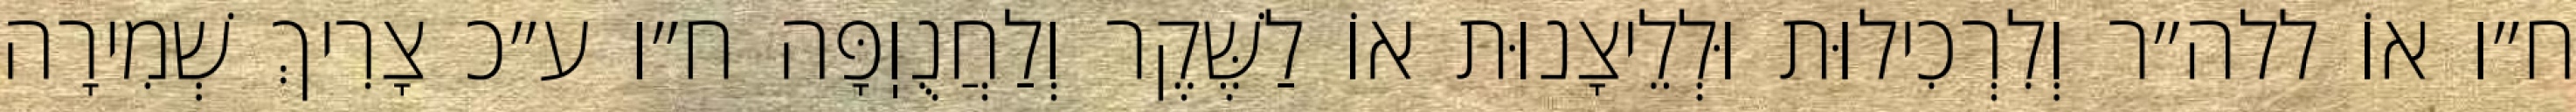
ח״ו אוֹ ללה״ר וְלִרְכִילוּת וּלְלֵיצָנוּת אוֹ לַשֶּׁקֶר וְלַחֲנֻוֽפָּה ח״ו ע״כ צָרִיךְ שְׁמִירָה